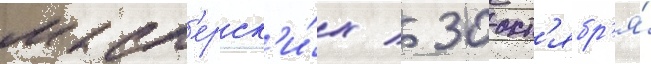
маст'ерск'и́х / 30 окт'ябр'я́